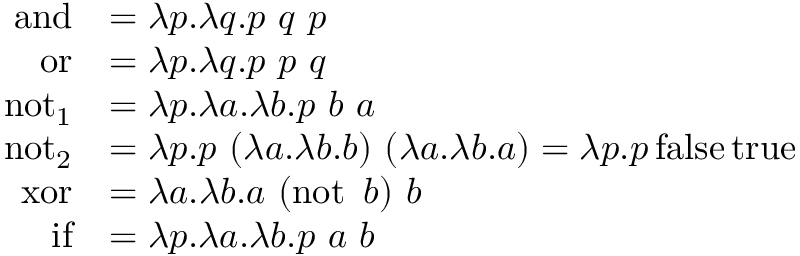
{ \begin{array} { r l } { \operatorname { a n d } } & { = \lambda p . \lambda q . p \ q \ p } \\ { \operatorname { o r } } & { = \lambda p . \lambda q . p \ p \ q } \\ { \operatorname { n o t } _ { 1 } } & { = \lambda p . \lambda a . \lambda b . p \ b \ a } \\ { \operatorname { n o t } _ { 2 } } & { = \lambda p . p \ ( \lambda a . \lambda b . b ) \ ( \lambda a . \lambda b . a ) = \lambda p . p \operatorname { f a l s e } \operatorname { t r u e } } \\ { \operatorname { x o r } } & { = \lambda a . \lambda b . a \ ( \operatorname { n o t } \ b ) \ b } \\ { \operatorname { i f } } & { = \lambda p . \lambda a . \lambda b . p \ a \ b } \end{array} }